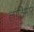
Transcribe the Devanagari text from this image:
लाठिमार